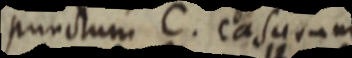
punctum C. casurum